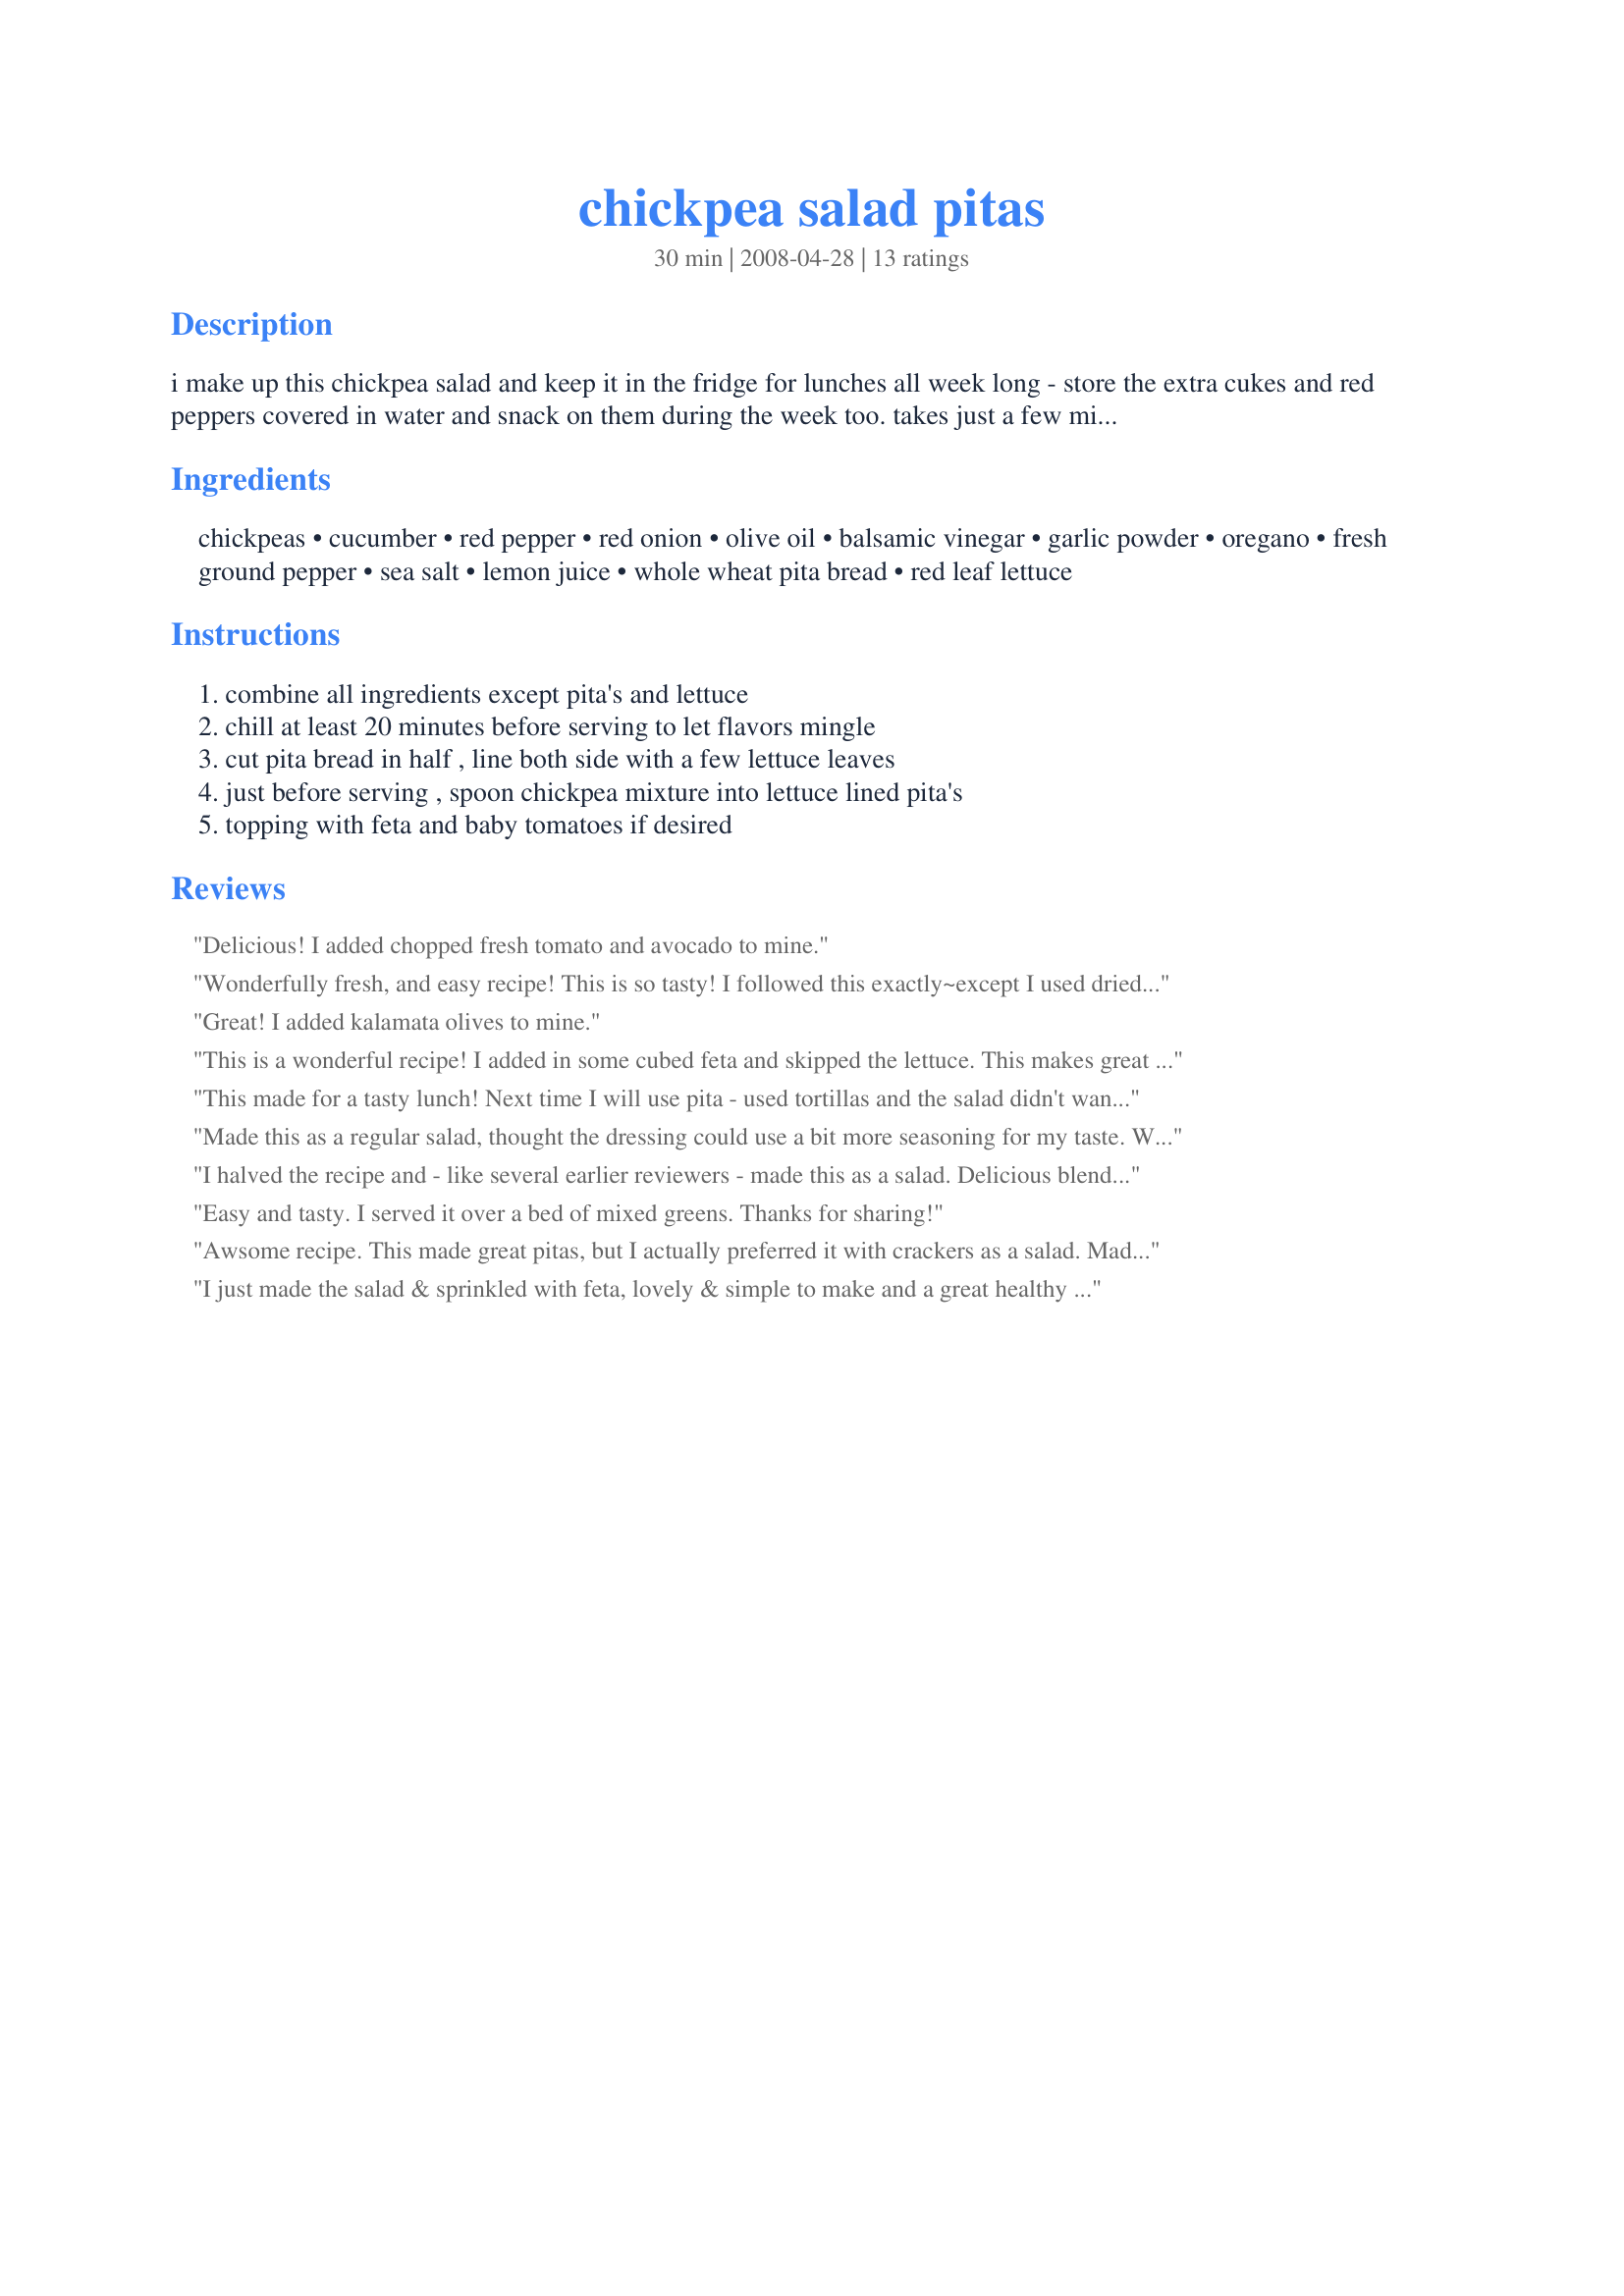
chickpea salad pitas
Preparation time: 30 minutes

i make up this chickpea salad and keep it in the fridge for lunches all week long - store the extra cukes and red peppers covered in water and snack on them during the week too. takes just a few minutes to prepare and keeps very well in a tightly sealed container. also, good topped with feta and tomatoes just before serving.

Ingredients:
chickpeas, cucumber, red pepper, red onion, olive oil, balsamic vinegar, garlic powder, oregano, fresh ground pepper, sea salt, lemon juice, whole wheat pita bread, red leaf lettuce

Steps:
combine all ingredients except pita's and lettuce, chill at least 20 minutes before serving to let flavors mingle, cut pita bread in half , line both side with a few lettuce leaves, just before serving , spoon chickpea mixture into lettuce lined pita's, topping with feta and baby tomatoes if desired

Reviews:
Delicious! I added chopped fresh tomato and avocado to mine.
Wonderfully fresh, and easy recipe! This is so tasty! I followed this exactly~except I used dried chickpeas, and cooked them until completely cooked. I love the use of cucumber, onion, pepper, and oregano. I made a flat-bread sandwich with added tofu. Great, and absolutely terrific! Made for *Everyday is a Holiday* March 2009.
Great! I added kalamata olives to mine.
This is a wonderful recipe! I added in some cubed feta and skipped the lettuce. This makes great salad too. Next time I shall add in some roasted bell peppers as the previous reviewer did. I used 2Bleu's Recipe #266672 recipe for the pita bread. Thank you, Brooke, for sharing this wonderful recipe, I definitely will be making this again! :)
This made for a tasty lunch! Next time I will use pita - used tortillas and the salad didn't want to stay in ;) - loved this mix! Thanks Brooke! :)
Made this as a regular salad, thought the dressing could use a bit more seasoning for my taste. Will definitely use up the left over salad with pita and leftover tzatziki for a great lunch. Thanks for posting. Made for ZWT 6.
I halved the recipe and - like several earlier reviewers - made this as a salad. Delicious blend of flavours and textures. And it's always so satisfying to know that a recipe is both delicious and healthy. My only addition was a handful of chopped walnuts, added just before we ate this. I'll be making this for take-to-work lunches (and again keep any nuts separate). Thanks for sharing this recipe, Brooke. Made for Zaar Stars Tag.
Easy and tasty. I served it over a bed of mixed greens. Thanks for sharing!
Awsome recipe. This made great pitas, but I actually preferred it with crackers as a salad. Made as stated.
I just made the salad & sprinkled with feta, lovely & simple to make and a great healthy weekday lunch, thanks!
Great recipe! It's fresh, healthy and delicious - just what I like in a recipe. I did use extra oregano and lemon juice to give a bit more flavor to the dressing, but other than that I followed the recipe exactly. Instead of serving in pita bread I just ate it as a salad with feta and tomatoes. This is a perfect salad to make on Sunday night for a few work lunches during the week. Thanks for posting.
I did this recipe to eat just as a salad. It's delicious as is. I used roasted red bell pepper. That gives it a plus. Thanks Brooke. Made for the Babes of ZWT4
This makes a nice lunch. I used romaine lettuce because that't what I had on hand. Next time I'll add olives as a previous reviewer did. Made for photo tag.
